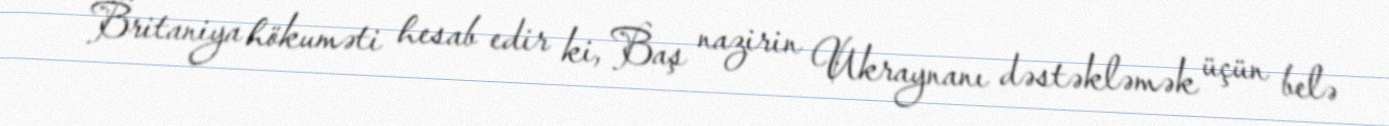
Britaniya hökuməti hesab edir ki, Baş nazirin Ukraynanı dəstəkləmək üçün belə